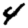
Digit: 4